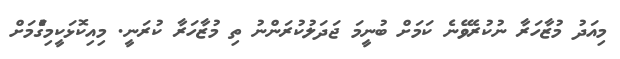
މިއަދު މުޒާހަރާ ނުކުރެވޭނެ ކަމަށް ބުނީމަ ޖަދަލުކުރަންނު ތި މުޒާހަރާ ކުރަނީ. މިއިކޮޅަކީމިގަެުމަށް